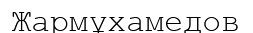
Жармұхамедов